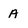
Character: A